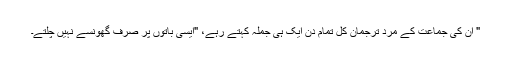
" ان کی جماعت کے مرد ترجمان کل تمام دن ایک ہی جملہ کہتے رہے، "ایسی باتوں پر صرف گھونسے نہیں چلتے۔